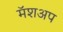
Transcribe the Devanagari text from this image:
मॅशअप